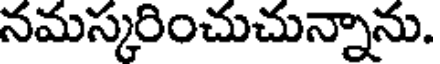
నమస్కరించుచున్నాను.